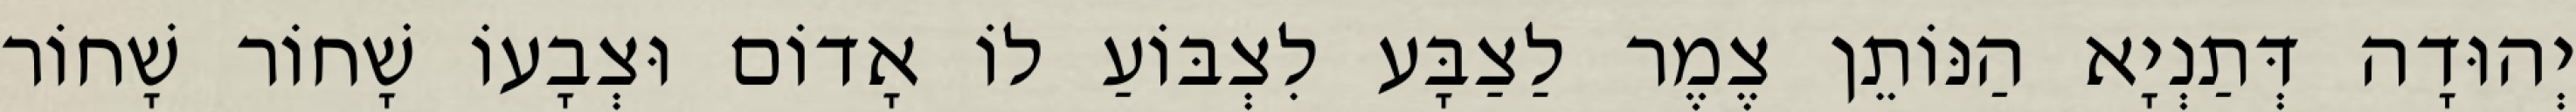
יְהוּדָה דְּתַנְיָא הַנּוֹתֵן צֶמֶר לַצַבָּע לִצְבּוֹעַ לוֹ אָדוֹם וּצְבָעוֹ שָׁחוֹר שָׁחוֹר